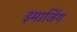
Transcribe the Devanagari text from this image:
इमाजिंग